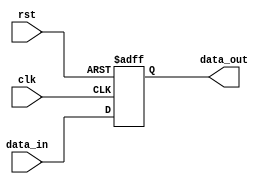
module Fallback_Bypass_Register (
  input wire clk,
  input wire rst,
  input wire [7:0] data_in,
  output wire [7:0] data_out
);

reg [7:0] fallback_data;

always @ (posedge clk or posedge rst) begin
  if (rst) begin
    fallback_data <= 8'b0;
  end else begin
    fallback_data <= data_in;
  end
end

assign data_out = fallback_data;

endmodule